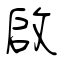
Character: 啟